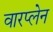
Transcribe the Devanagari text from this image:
वारप्लेन